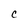
Character: C